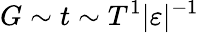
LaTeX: G\sim t\sim T^{1}\vert\varepsilon\vert^{-1}